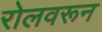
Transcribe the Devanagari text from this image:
रोलवरून